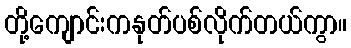
တို့ကျောင်းကနုတ်ပစ်လိုက်တယ်ကွာ။